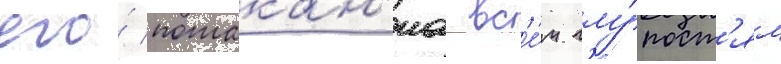
его́ потакан'иа вс'е́м глу́пост'ям